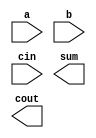
// This program was cloned from: https://github.com/BriceLucifer/DDCA-verilog
// License: MIT License

module add16 ( 
    input[15:0] a, input[15:0] b, input cin, 
    output[15:0] sum, output cout );

endmodule

module top_module(
    input [31:0] a,
    input [31:0] b,
    input sub,
    output [31:0] sum
);

wire [31:0]subt;
assign subt = {32{sub}};
wire [31:0]temp;
assign temp = b ^ subt;
wire a1_a2;
add16 a1(a[15:0],temp[15:0],sub,sum[15:0],a1_a2);
add16 a2(a[31:16],temp[31:16],a1_a2,sum[31:16],);

endmodule